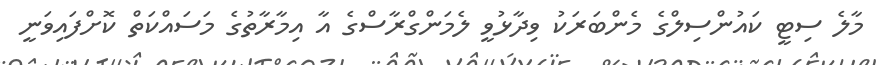
މާލެ ސިޓީ ކައުންސިލްގެ މެންބަރަކު ވިދާޅުވީ ލެމަންގްރާސްގެ އާ އިމާރާތުގެ މަސައްކަތް ކޮށްފައިވަނީ